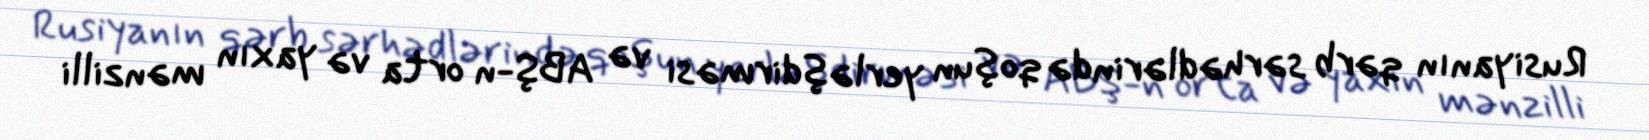
Rusiyanın qərb sərhədlərində qoşun yerləşdirməsi və ABŞ-n orta və yaxın mənzilli